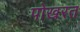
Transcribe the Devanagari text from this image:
पोखरत